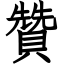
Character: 贊